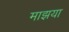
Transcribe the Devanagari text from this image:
माझया